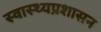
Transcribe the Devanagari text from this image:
स्वास्थ्यप्रशासन